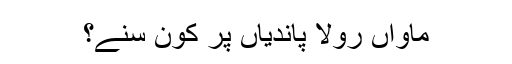
ماواں رولا پاندیاں پر کون سُنے؟